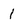
Character: j